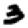
Digit: 3